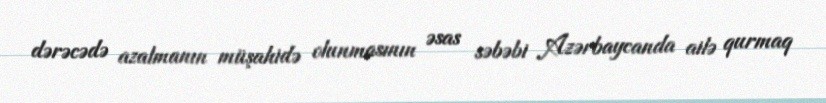
dərəcədə azalmanın müşahidə olunmasının əsas səbəbi Azərbaycanda ailə qurmaq